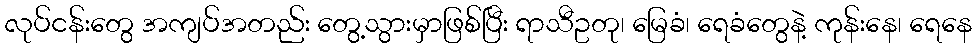
လုပ်ငန်းတွေ အကျပ်အတည်း တွေ့သွားမှာဖြစ်ပြီး ရာသီဥတု၊ မြေခံ၊ ရေခံတွေနဲ့ ကုန်းနေ၊ ရေနေ